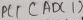
Text: ADC1